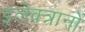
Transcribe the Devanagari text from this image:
इलेक्त्रानों